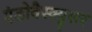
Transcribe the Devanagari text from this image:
एंडोवैस्क्युलर